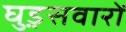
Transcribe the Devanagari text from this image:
घुड़़सवारों